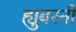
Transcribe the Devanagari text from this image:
ह्युबरनी